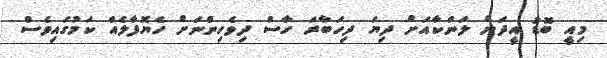
މިއީ ބޮޑު އީދަށް ލަންކާއަށް ދިޔަ ދިހަބާރަ ހާސް ދިވެހިންނަށް ހެޔޮފާލެއް ކަމުގައިވެސް